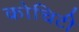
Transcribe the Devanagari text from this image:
कोचिटी